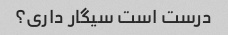
درست است سیگار داری؟